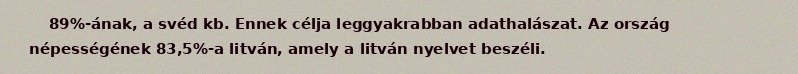
89%-ának, a svéd kb. Ennek célja leggyakrabban adathalászat. Az ország népességének 83,5%-a litván, amely a litván nyelvet beszéli.